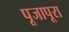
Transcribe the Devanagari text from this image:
पूजापूरा